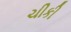
ચીકી